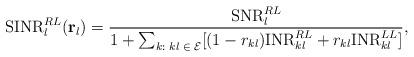
LaTeX: \begin{align*}\mathrm{SINR}_{l}^{RL}(\mathbf{r}_{l})=\frac{\mathrm{SNR}_{l}^{RL}}{1+\sum_{k:\textrm{ \ensuremath{kl\in\mathcal{E}}}}[(1-r_{kl})\mathrm{INR}_{kl}^{RL}+r_{kl}\mathrm{INR}_{kl}^{LL}]},\end{align*}